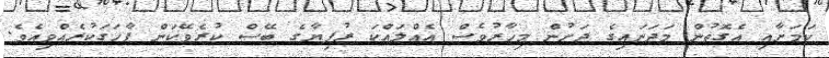
ކަމަށާއި އެގޮތުން މަދަނައިގެ ދަށުން މިހާރުވެސް އެއްލައްކަ ރުފިޔާގެ ބޭސް ކުރެވޭކަން ފާހަގަކުރެއްވިއެވެ.